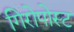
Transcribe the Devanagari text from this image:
गिरोपोस्ट